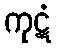
ကုဋံ